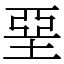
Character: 堊